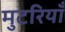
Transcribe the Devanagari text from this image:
मुटरियाँ